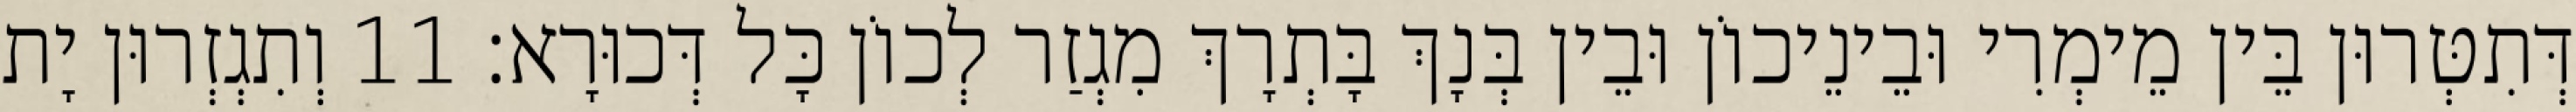
דְּתִטְּרוּן בֵּין מֵימְרִי וּבֵינֵיכוֹן וּבֵין בְּנָךְ בָּתְרָךְ מִגְזַר לְכוֹן כָּל דְּכוּרָא׃ 11 וְתִגְזְרוּן יָת